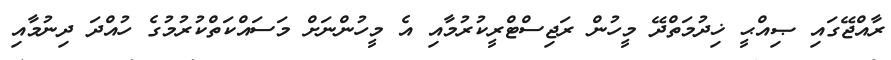
ރާއްޖޭގައި ޞިއްޙީ ޚިދުމަތްދޭ މީހުން ރަޖިސްޓްރީކުރުމާއި އެ މީހުންނަށް މަސައްކަތްކުރުމުގެ ހުއްދަ ދިނުމާއި